Vaccination in Burma 1920-1933 - 1920-1933
Year: 1920
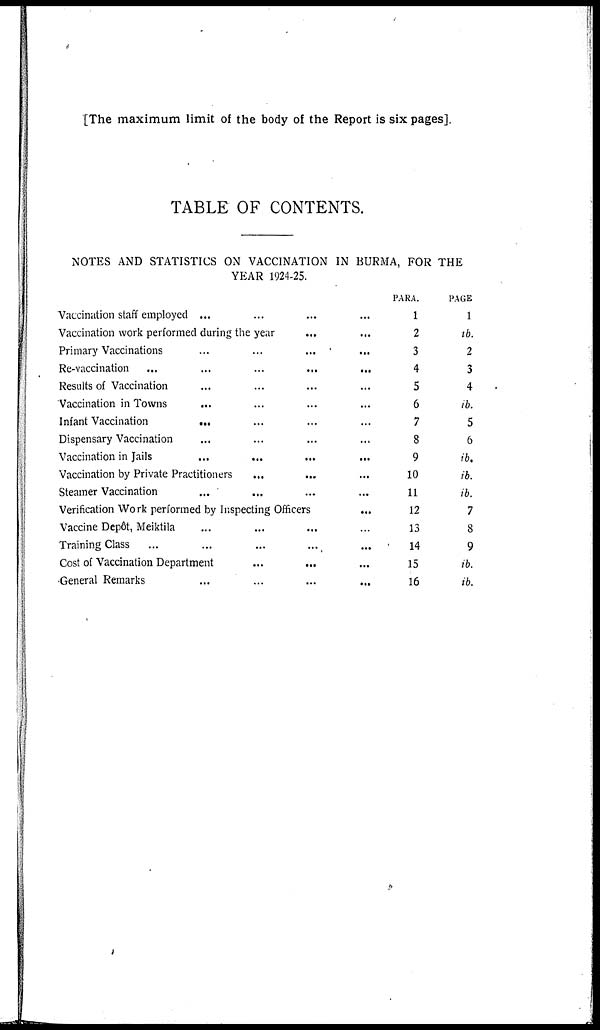
[The maximum limit of the body of the Report is six pages].
TABLE OF CONTENTS.
NOTES AND STATISTICS ON VACCINATION IN BURMA, FOR THE
YEAR 1924-25.
Vaccination staff employed ... ... ... ...
Vaccination work performed during the year ... ...
Primary Vaccinations ... ... ... ...
Re-vaccination
...
...
...
...
...
Results of Vaccination ... ... ... ...
Vaccination in Towns ... ... ... ...
Infant Vaccination ... ... ... ...
Dispensary Vaccination ... ... ... ...
Vaccination in Jails
...
...
...
...
...
Vaccination by Private Practitioners
...
...
...
Steamer Vaccination ... ... ... ...
Verification Work performed by Inspecting Officers
...
Vaccine Depôt, Meiktila ... ... ... ...
Training Class ... ... ... ... ...
Cost of Vaccination Department
...
...
...
General Remarks
...
...
...
...
PARA.
1
2
3
4
5
6
7
8
9
10
11
12
13
14
15
16
PAGE
1
ib.
2
3
4
ib.
5
6
ib.
ib.
ib.
7
8
9
ib.
ib.